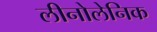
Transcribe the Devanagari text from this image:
लीनोलेनिक